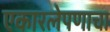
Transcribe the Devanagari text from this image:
एकारलेपणाचा